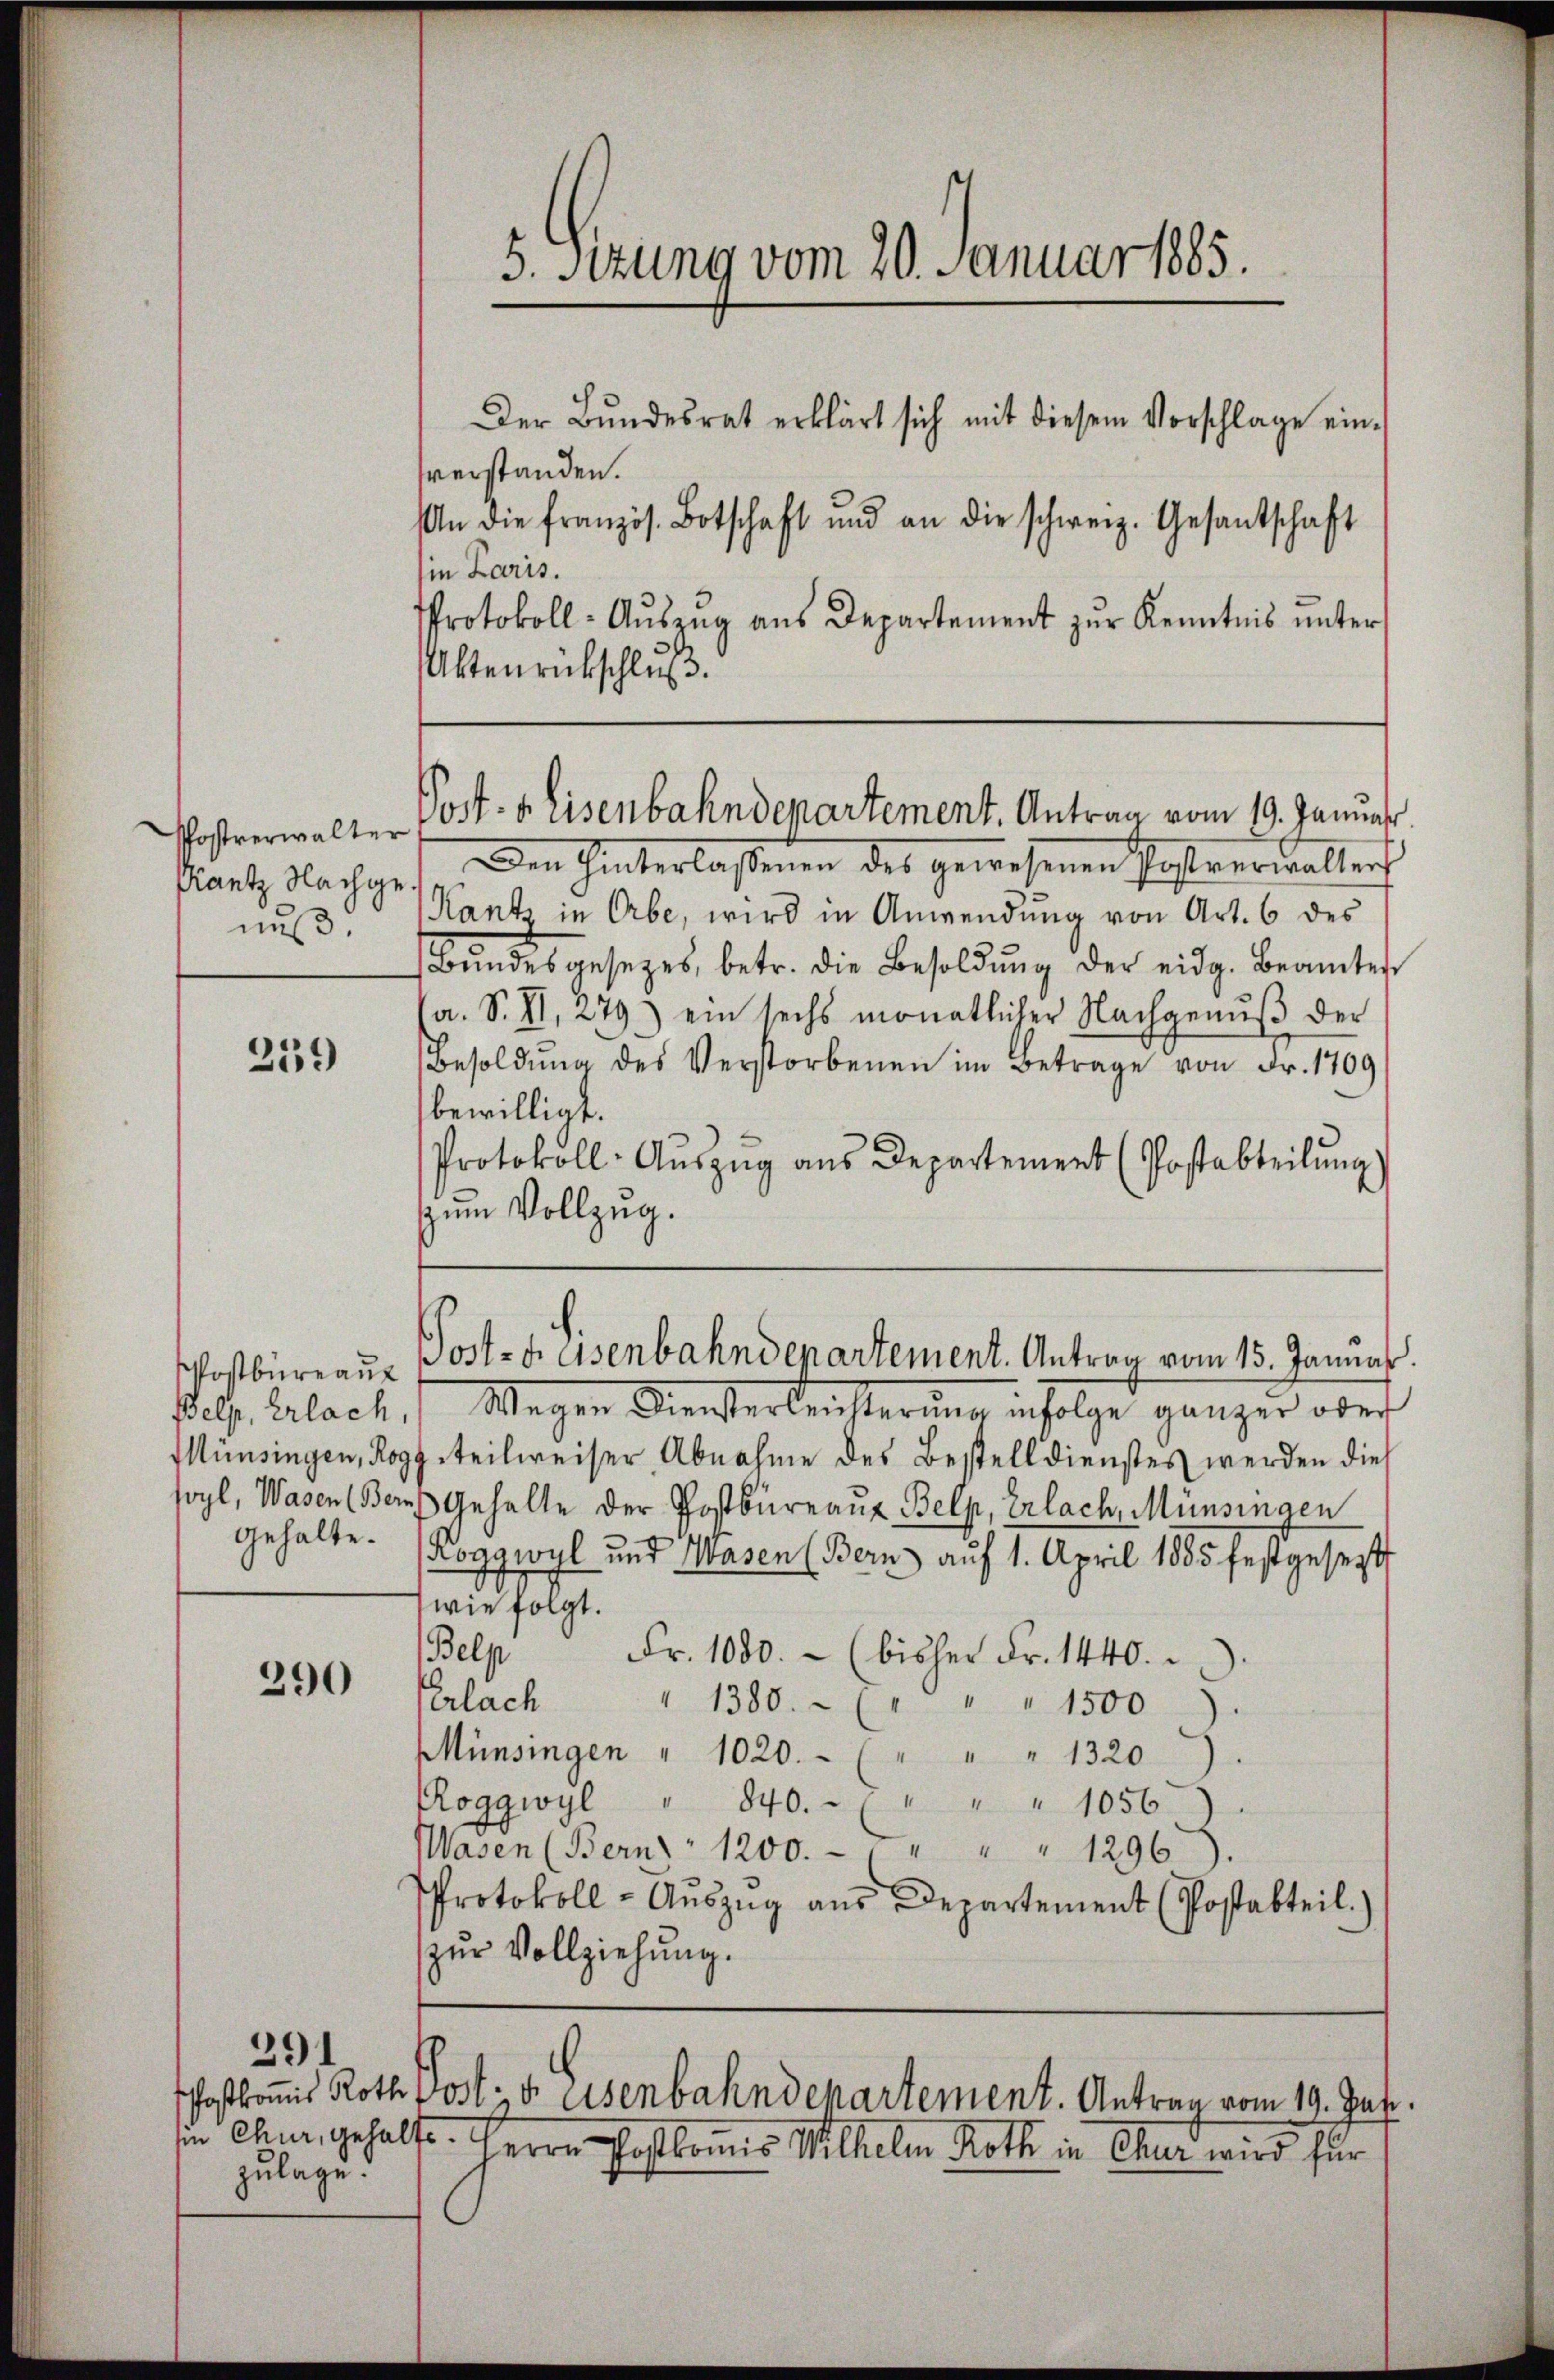
Phostrerwalter
Prantz Nachgenuß.

259

gehalte.

390

zulage.

291

Protokoll-Aŭszŭg aŭs Departement zŭr Kenntnis ŭnter
Aktenrückschluß.

5. Sitzung vom 20. Januar 1885.
Der Bŭndesrat erklärt sich mit diesem Vorschlage ein-
sverstanden.
An die französ. Botschaft und an die schweiz. Gesantschaft
Ein Paris.

Den Hinterlaßenen des gewesenen Postreriallenf
Kantz in Erbe, wird in Anwendung von Art. 6 des
Bŭndesgesetzes, betr. die Besoldŭng der eidg. Beamtes
a. S. XI, 279) ein sechs monatlicher Nachgenuß der
Besoldŭng des Verstorbenen im Betrage von Fr. 1709
bewilligt.
Protokoll- Aŭszŭg ans Departement (Postabteilŭng
zum Vollzug.
Pell. Erlach, Wagen Diensterleisterung infolge ganzer ober
Münsingen, Roggeteilweiser Abnahme des Bestelldienstes werden dies
soyl, Wasen (Bern Gehalte der Postbüreaus Belp, Erlach, Münsingen
Roggwyl und Masen (Bern auf 1. April 1885 festgesetzt
wie folgt.
Belp
Fr. 1000.- (bisher Fr. 1440.
Erlach " 1380. - ( " " " 1500
Münsingen " 1020.- ( " " " 1320
Roggwyl " 840.- ( " " " 1056.
Wasen (Bern 1200. - " " " " 1296
Protokoll - Auszug aus Departement (Postabteil.)
zŭr Vollziehung.

Post. B Eisenbahndepartement. Antrag vom 19. Januar

Postbüreaŭ Post- u. eisenbahndepartement. Antrag vom 15. Januar.

Postkomis Roth Post v. Eisenbahndepartement. Antrag vom 19. Juli.

sin Chur, gehalte. Herrn Postkomis Wilhelm Roth in Chur wird für